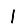
Digit: 1